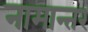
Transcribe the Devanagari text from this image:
नामान्तर